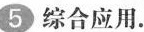
5 综合应用.